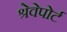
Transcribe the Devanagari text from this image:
श्रेवेपोर्ट